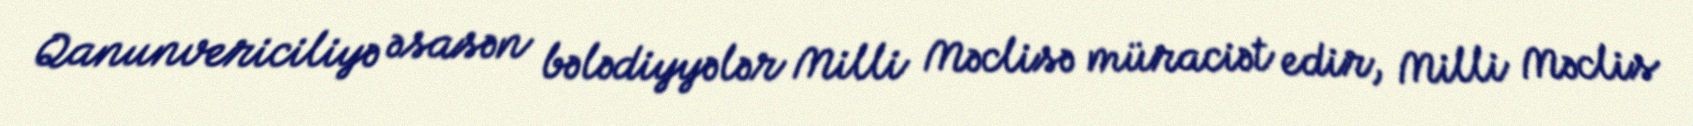
Qanunvericiliyə əsasən bələdiyyələr Milli Məclisə müraciət edir, Milli Məclis